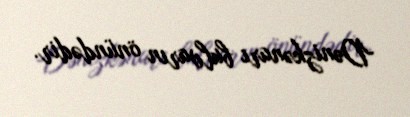
Dənizkənarı bulvarın önündədir.